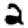
Digit: 2